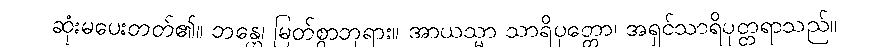
ဆုံးမပေးတတ်၏။ ဘန္တေ၊ မြတ်စွာဘုရား။ အာယသ္မာ သာရိပုတ္တော၊ အရှင်သာရိပုတ္တရာသည်။